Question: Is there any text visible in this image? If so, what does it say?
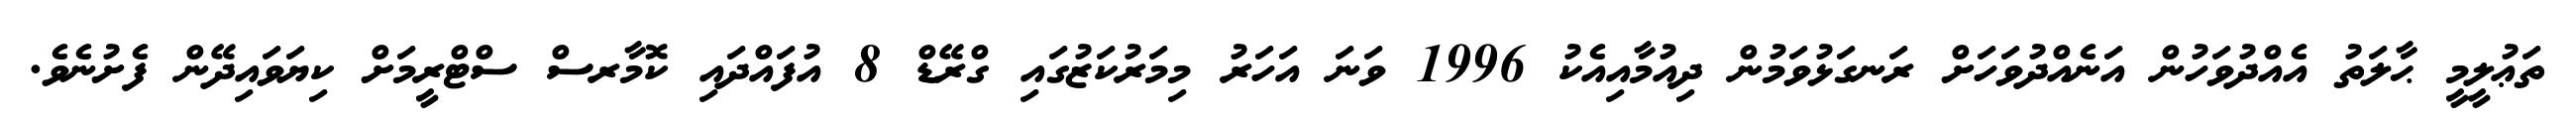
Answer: ތަޢުލީމީ ޙާލަތު އެއްދުވަހުން އަނެއްދުވަހަށް ރަނގަޅުވަމުން ދިއުމާއިއެކު 1996 ވަނަ އަހަރު މިމަރުކަޒުގައި ގްރޭޑް 8 އުފައްދައި ކޮމާރސް ސްޓްރީމަށް ކިޔަވައިދޭން ފެށުނެވެ.